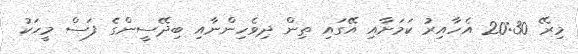
މިރޭ 20:30 އެހާއިރު ކަމަށާއި އޭގައި ތިން ދިވެހިންނާއި ބިދޭސީންގެ ފަސް މީހަކު